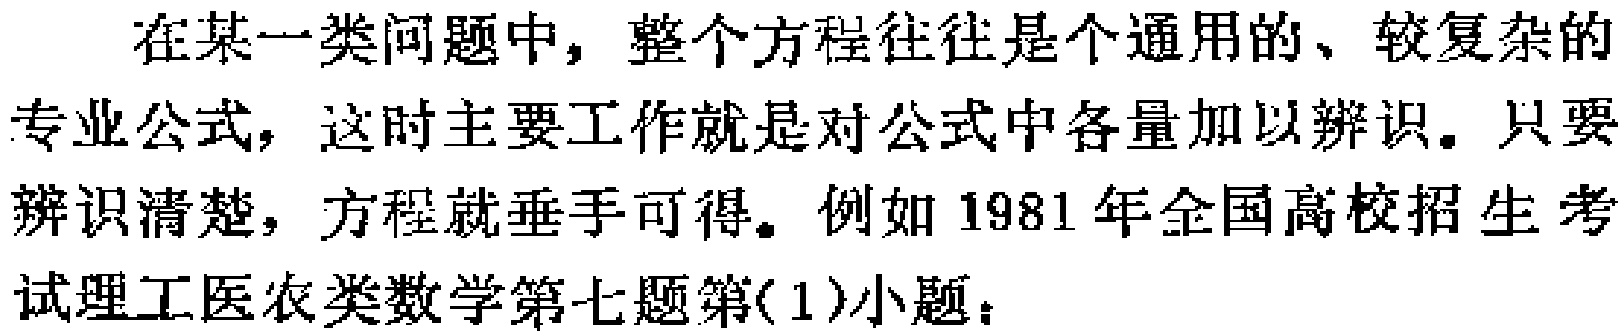
在某一类问题中，整个方程往往是个通用的、较复杂的专业公式，这时主要工作就是对公式中各量加以辨识。只要辨识清楚，方程就垂手可得。例如1981年全国高校招生考试理工医农类数学第七题第(1)小题：